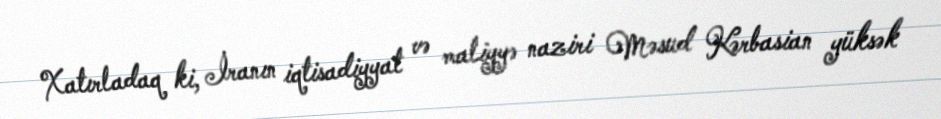
Xatırladaq ki, İranın iqtisadiyyat və maliyyə naziri Məsud Kərbasian yüksək